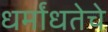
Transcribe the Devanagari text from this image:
धर्मांधतेचे